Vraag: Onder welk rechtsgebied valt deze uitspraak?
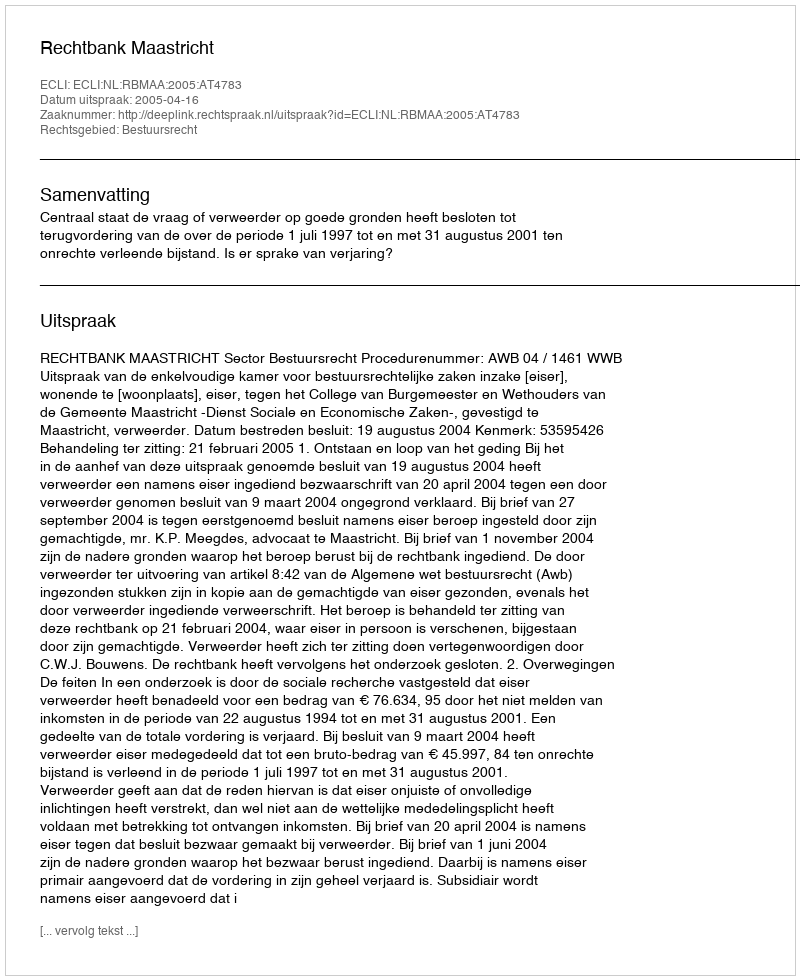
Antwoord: Bestuursrecht